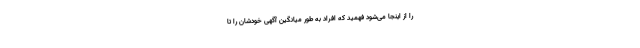
را از اینجا می‌شود فهمید که افراد به طور میانگین آگهی خودشان را تا